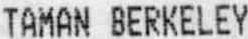
TAMAN BERKELEY